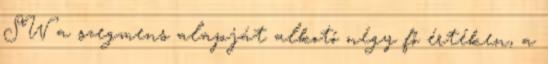
SW a szegmens alapját alkotó négy fő értéken, a